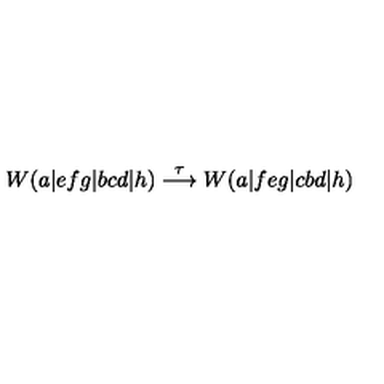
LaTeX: W ( a | e f g | b c d | h ) \stackrel { \tau } { \longrightarrow } W ( a | f e g | c b d | h )